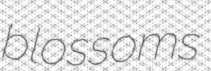
blossoms